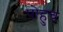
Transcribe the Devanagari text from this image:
पोहुच